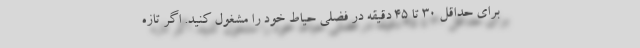
برای حداقل 30 تا 45 دقیقه در فضلی حیاط خود را مشغول کنید. اگر تازه